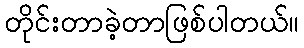
တိုင်းတာခဲ့တာဖြစ်ပါတယ်။